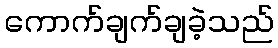
ကောက်ချက်ချခဲ့သည်